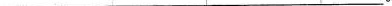
___。